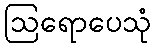
ဩရောပေသုံ